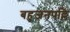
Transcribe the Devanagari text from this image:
बहुजनपल्लि